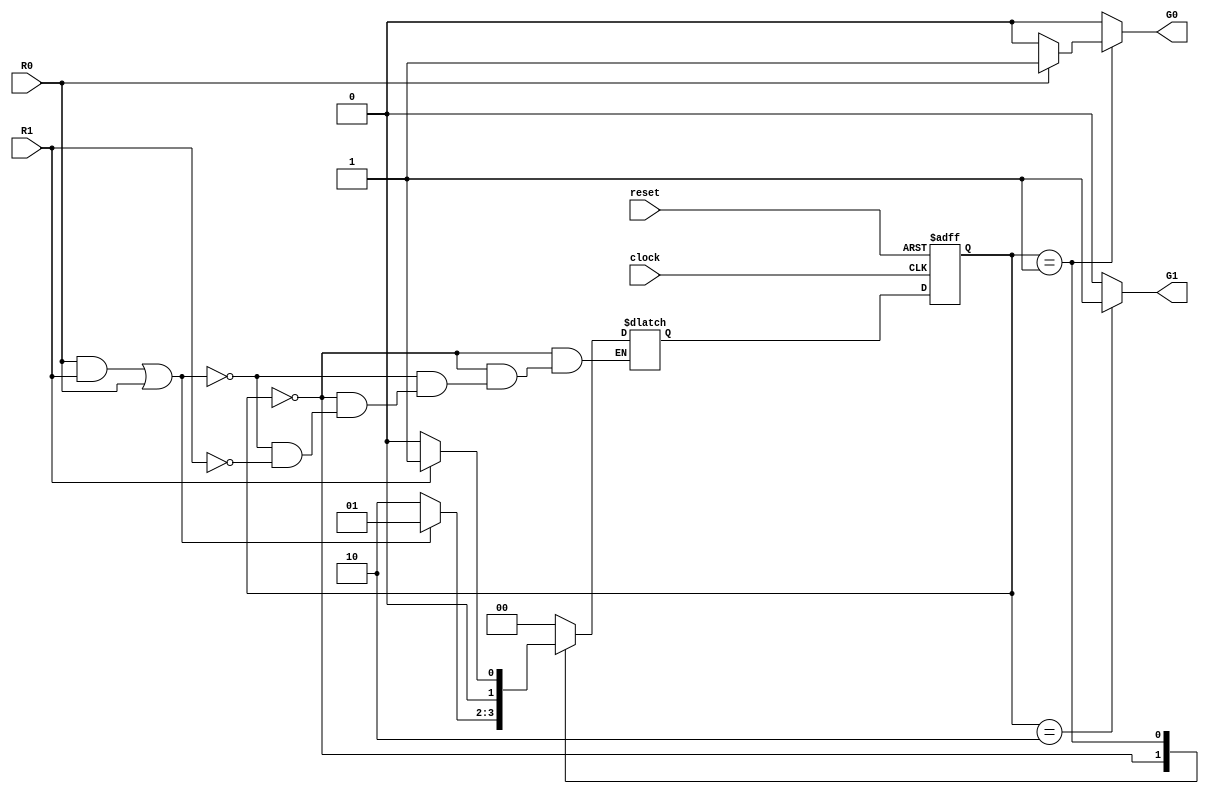
module RequestQueue(reset,clock,R0,R1,G0,G1);

input reset;        // reset signal
input clock;        // clock signal
input R0;           // arbiter request line 1
input R1;           // arbiter request line 2

output reg G0;          // grant line 1
output reg G1;          // grant line 2

reg [1:0] current_state;      // current state register
reg [1:0] next_state;         // next state register

parameter [1:0] IDLE = 2'b00;          // idle state
parameter [1:0] GRANT_R0 = 2'b01;      // wait state for receiving g0 from r0 signal
parameter [1:0] GRANT_R1 = 2'b10;      // wait state for receiving g1 from r1 signal

always @(posedge clock or negedge reset)
    begin
        if(!reset) current_state <= IDLE;
        else current_state <= next_state;             
    end

// FSM waits for the inputs to go low then transmits after the request signal goes low
always @(*)
    begin 
        G0 = 0;
        G1 = 0;
        case (current_state)
        IDLE:
        begin 
            if(current_state == GRANT_R1) G1 = 1;
            if((R0 & R1) | (R0)) next_state = GRANT_R0;
            else if(R1) next_state = GRANT_R1;  
            end

        GRANT_R0:
        begin
            
            // G0 = 1;    // G0 channel transmit
            if(R0) G0 = 1;
            if(R1) next_state = GRANT_R0;
            else next_state = IDLE;            
            end

        GRANT_R1:
        begin
            G1 = 1;   // G1 channel transmit
            next_state = IDLE;      // always idle (x1)            
            end

        default: next_state = IDLE;
        endcase
        

    end

endmodule